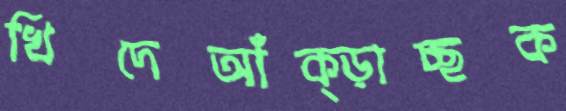
খিদেআঁক্‌ড়াচ্ছক